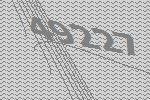
49227